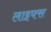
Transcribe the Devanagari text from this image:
लाइफ्स